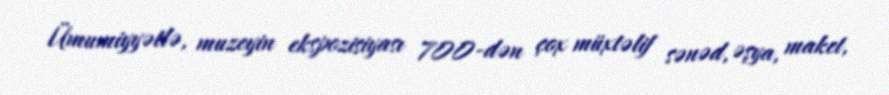
Ümumiyyətlə, muzeyin ekspozisiyası 700-dən çox müxtəlif sənəd, əşya, maket,